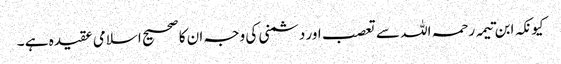
کیونکہ ابن تیمہ رحمہ اللہ سے تعصب اور دشمنی کی وجہ ان کا صحیح اسلامی عقیدہ ہے ۔